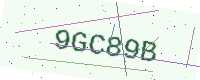
Text: 9GC89B